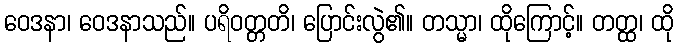
ဝေဒနာ၊ ဝေဒနာသည်။ ပရိဝတ္တတိ၊ ပြောင်းလွဲ၏။ တသ္မာ၊ ထိုကြောင့်။ တတ္ထ၊ ထို